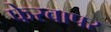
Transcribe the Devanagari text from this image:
फेरवापर